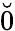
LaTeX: \breve{0}